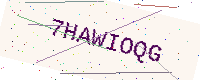
Text: 7HAWIOQG